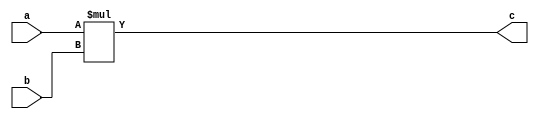
module SMUL(a, b, c);
parameter WIDTH_A = 1;
parameter WIDTH_B = 1;

input [WIDTH_A-1:0] a;
input [WIDTH_B-1:0] b;
output [WIDTH_A+WIDTH_B-2:0] c;

    assign c = $signed(a) * $signed(b);
endmodule